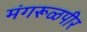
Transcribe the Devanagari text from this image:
मंगरूळपीर